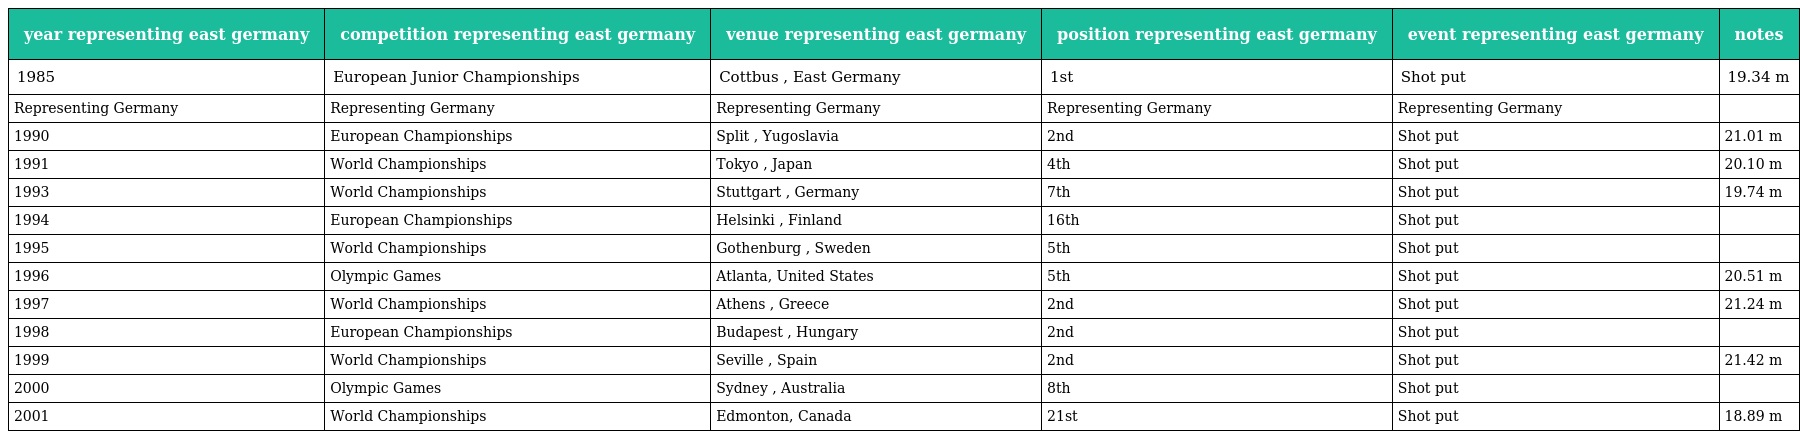
| year representing east germany | competition representing east germany | venue representing east germany | position representing east germany | event representing east germany | notes |
 | --- | --- | --- | --- | --- | --- |
 | 1985 | European Junior Championships | Cottbus , East Germany | 1st | Shot put | 19.34 m |
 | Representing Germany | Representing Germany | Representing Germany | Representing Germany | Representing Germany |  |
 | 1990 | European Championships | Split , Yugoslavia | 2nd | Shot put | 21.01 m |
 | 1991 | World Championships | Tokyo , Japan | 4th | Shot put | 20.10 m |
 | 1993 | World Championships | Stuttgart , Germany | 7th | Shot put | 19.74 m |
 | 1994 | European Championships | Helsinki , Finland | 16th | Shot put |  |
 | 1995 | World Championships | Gothenburg , Sweden | 5th | Shot put |  |
 | 1996 | Olympic Games | Atlanta, United States | 5th | Shot put | 20.51 m |
 | 1997 | World Championships | Athens , Greece | 2nd | Shot put | 21.24 m |
 | 1998 | European Championships | Budapest , Hungary | 2nd | Shot put |  |
 | 1999 | World Championships | Seville , Spain | 2nd | Shot put | 21.42 m |
 | 2000 | Olympic Games | Sydney , Australia | 8th | Shot put |  |
 | 2001 | World Championships | Edmonton, Canada | 21st | Shot put | 18.89 m |